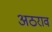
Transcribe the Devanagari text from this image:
अठराव